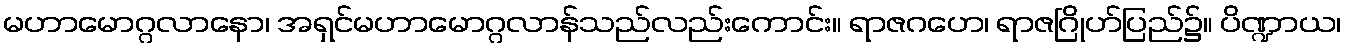
မဟာမောဂ္ဂလာနော၊ အရှင်မဟာမောဂ္ဂလာန်သည်လည်းကောင်း။ ရာဇဂဟေ၊ ရာဇဂြိုဟ်ပြည်၌။ ပိဏ္ဍာယ၊